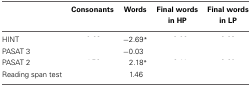
<table><thead><tr><td>[EMPTY_CELL]</td><td><b>Consonants</b></td><td><b>Words</b></td><td><b>Final words in HP</b></td><td><b>Final words in LP</b></td></tr></thead><tbody><tr><td>HINT</td><td>[EMPTY_CELL]</td><td>−2.69<sup>*</sup></td><td>[EMPTY_CELL]</td><td>[EMPTY_CELL]</td></tr><tr><td>PASAT 3</td><td>[EMPTY_CELL]</td><td>−0.03</td><td>[EMPTY_CELL]</td><td>[EMPTY_CELL]</td></tr><tr><td>PASAT 2</td><td>[EMPTY_CELL]</td><td>2.18<sup>*</sup></td><td>[EMPTY_CELL]</td><td>[EMPTY_CELL]</td></tr><tr><td>Reading span test</td><td>[EMPTY_CELL]</td><td>1.46</td><td>[EMPTY_CELL]</td><td>[EMPTY_CELL]</td></tr></tbody></table>